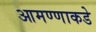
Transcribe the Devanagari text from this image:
आमण्णाकडे